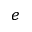
^ e